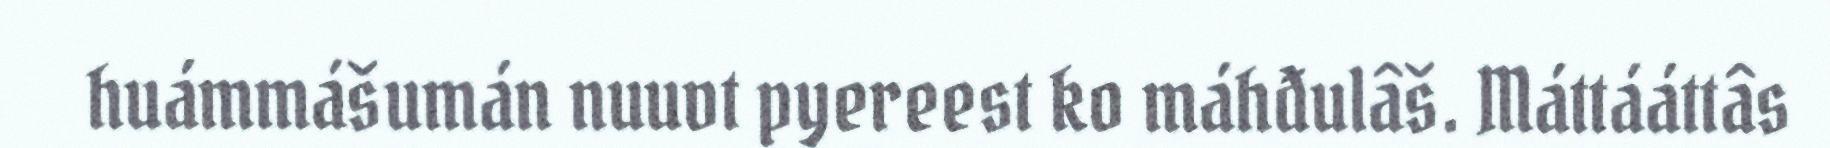
huámmášumán nuuvt pyereest ko máhđulâš. Máttááttâs